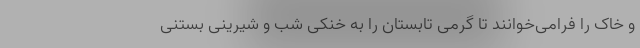
و خاک را فرامی‌خوانند تا گرمی تابستان را به خنکی شب و شیرینی بستنی